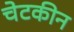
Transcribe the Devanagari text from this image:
चेटकीन